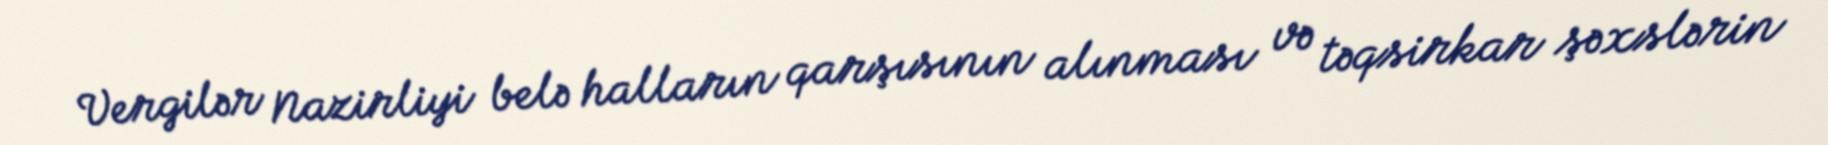
Vergilər Nazirliyi belə halların qarşısının alınması və təqsirkar şəxslərin